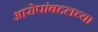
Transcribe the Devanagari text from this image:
आरोपांबद्दलच्या